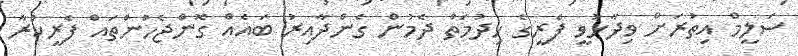
ސަލީމް އިތުރަށް ވިދާޅުވީ ފެރީގެ ހިދުމަތް ދެމުން ގެންދާއިރު ބައެއް ގޮންޖެހުންތައް ފެރީކުރާ